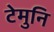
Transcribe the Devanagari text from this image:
टेमुनि